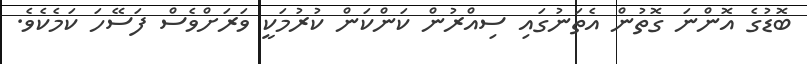
ބޮޑުގެ އޮންނަ ގޮތުން އެތަނުގައި ސިއްރުން ކަންކަން ކުރުމަކީ ވަރަށްވެސް ފަސޭހަ ކަމެކެވެ.